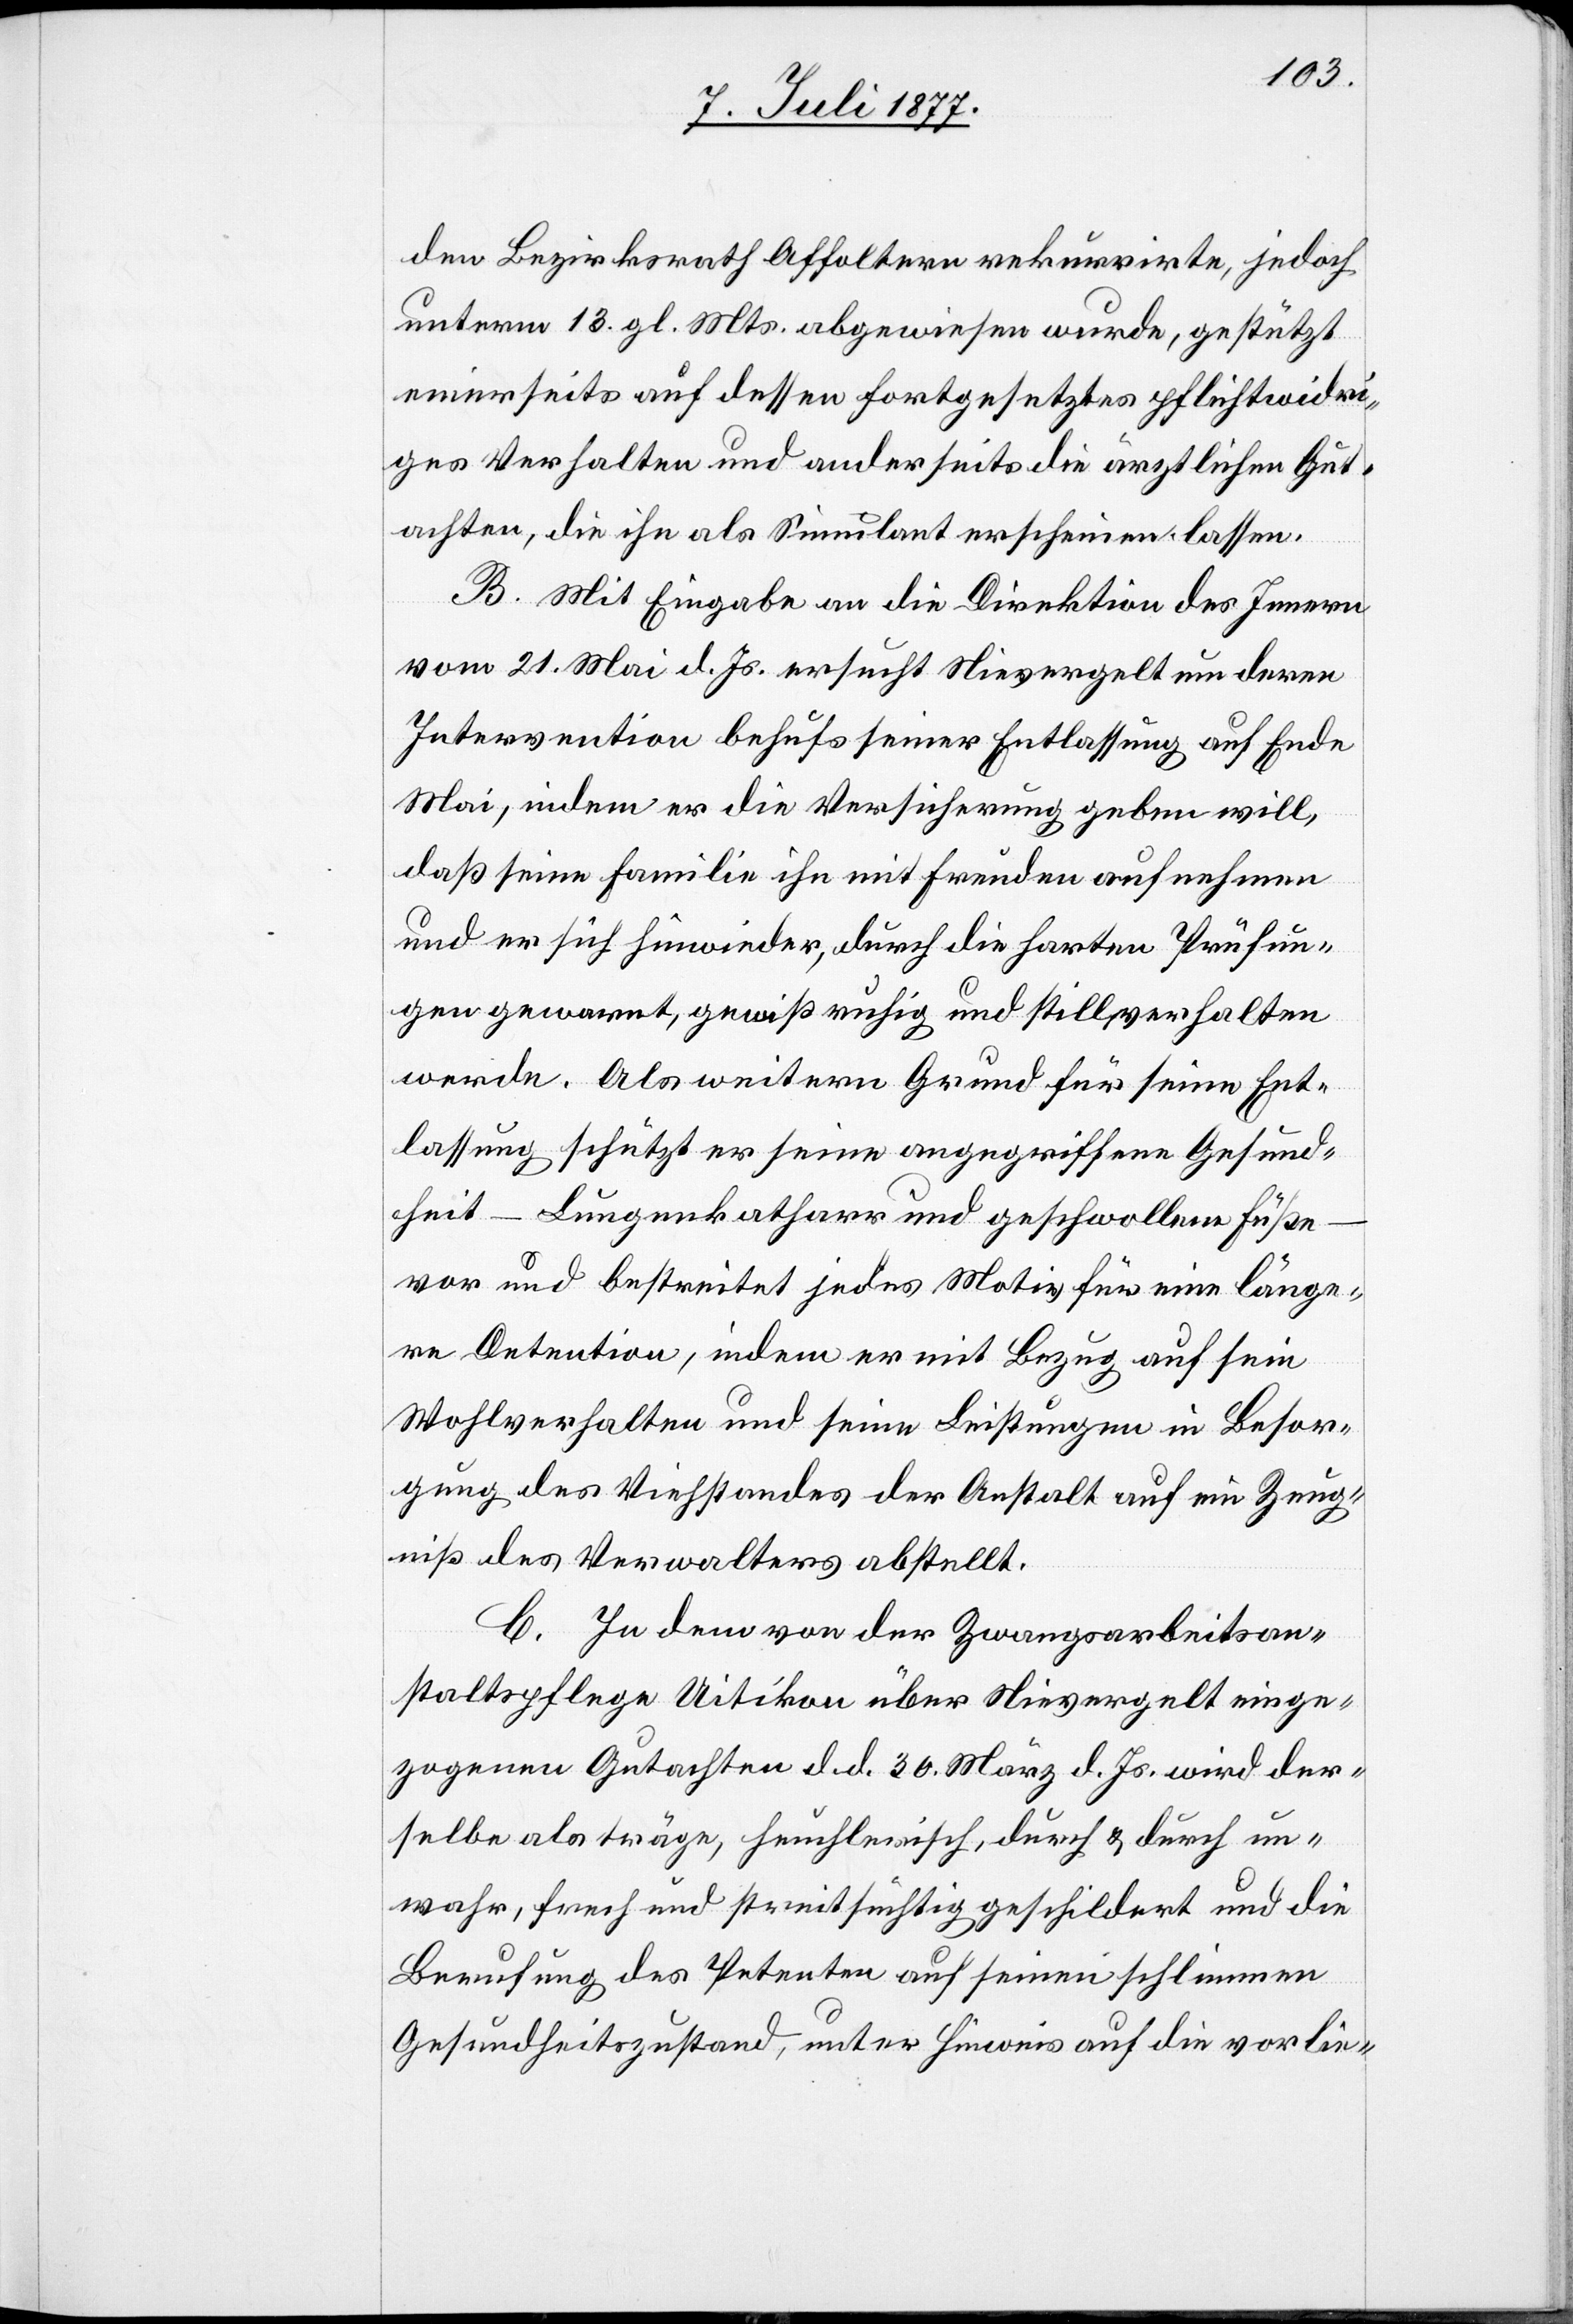
den Bezirksrath Affoltern rekurrirte, jedoch
unterm 13. gl. Mts. abgewiesen wurde, gestützt
einerseits auf dessen fortgesetztes pflichtwidri¬
ges Verhalten und anderseits die ärztlichen Gut¬
achten, die ihn als Simulant erscheinen lassen.
B. Mit Eingabe an die Direktion des Innern
vom 21. Mai d. Js. ersucht Nievergelt um deren
Intervention behufs seiner Entlassung auf Ende
Mai, indem er die Versicherung geben will,
daß seine Familie ihn mit Freuden aufnehmen
und er sich hinwieder, durch die harten Prüfun¬
gen gewarnt, gewiß ruhig und still verhalten
werde. Als weitern Grund für seine Ent¬
lassung schützt er seine angegriffene Gesund¬
heit – Lungenkatharr und geschwollene Füße
vor und bestreitet jedes Motiv für eine länge¬
re Detention, indem er mit Bezug auf sein
Wohlverhalten und seine Leistungen in Besor¬
gung des Viehstandes der Anstalt auf ein Zeug¬
niß des Verwalters abstellt.
C. In dem von der Zwangsarbeitsan¬
staltspflege Uitikon über Nievergelt einge¬
zogenen Gutachten d. d. 30. März d. Js. wird der¬
selbe als träge, heuchlerisch, durch & durch un¬
wahr, frech und streitsüchtig geschildert und die
Berufung des Petenten auf seinen schlimmen
Gesundheitszustand, unter Hinweis auf die vorlie-